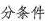
分条件